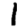
Digit: 1